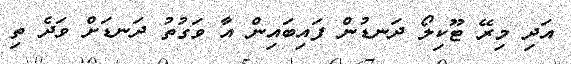
އަދި މިރޭ ޓޫކިލޯ ދަނޑުން ފައިބައިން އާ ވަގުތު ދަނޑަށް ވަދެ ތި